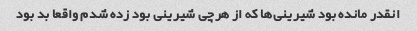
انقدر مانده بود شیرینی‌ها که از هرچی شیرینی بود زده شدم واقعا بد بود